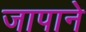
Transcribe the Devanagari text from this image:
जापाने